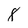
Character: 8